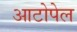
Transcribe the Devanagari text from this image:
आटोपेल